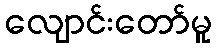
လျောင်းတော်မူ